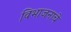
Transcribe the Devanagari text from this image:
विभाजनाचे